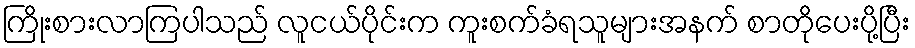
ကြိုးစားလာကြပါသည် လူငယ်ပိုင်းက ကူးစက်ခံရသူများအနက် စာတိုပေးပို့ပြီး